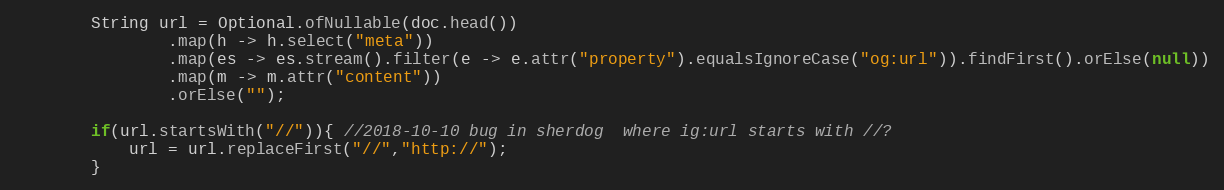
Language: Java
        String url = Optional.ofNullable(doc.head())
                .map(h -> h.select("meta"))
                .map(es -> es.stream().filter(e -> e.attr("property").equalsIgnoreCase("og:url")).findFirst().orElse(null))
                .map(m -> m.attr("content"))
                .orElse("");

        if(url.startsWith("//")){ //2018-10-10 bug in sherdog  where ig:url starts with //?
            url = url.replaceFirst("//","http://");
        }